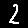
Digit: 2